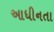
આધીનતા